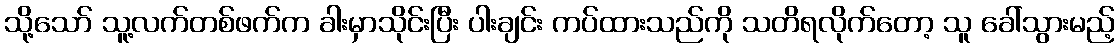
သို့သော် သူ့လက်တစ်ဖက်က ခါးမှာသိုင်းပြီး ပါးချင်း ကပ်ထားသည်ကို သတိရလိုက်တော့ သူ ခေါ်သွားမည့်